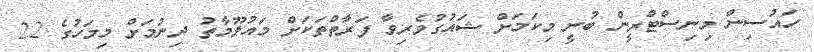
ހައުސިން މިނިސްޓްރީން ބުނީ މިކަމަށް ޝައުގުވެރިވާ ފަރާތްތަކަށް މައުލޫމާތު ދިނުމަށް މިމަހުގެ 22